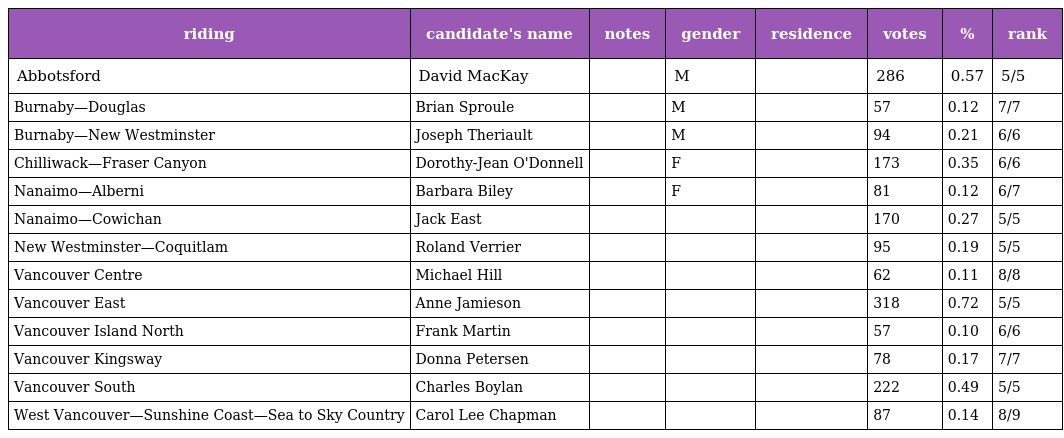
| riding | candidate's name | notes | gender | residence | votes | % | rank |
 | --- | --- | --- | --- | --- | --- | --- | --- |
 | Abbotsford | David MacKay |  | M |  | 286 | 0.57 | 5/5 |
 | Burnaby—Douglas | Brian Sproule |  | M |  | 57 | 0.12 | 7/7 |
 | Burnaby—New Westminster | Joseph Theriault |  | M |  | 94 | 0.21 | 6/6 |
 | Chilliwack—Fraser Canyon | Dorothy-Jean O'Donnell |  | F |  | 173 | 0.35 | 6/6 |
 | Nanaimo—Alberni | Barbara Biley |  | F |  | 81 | 0.12 | 6/7 |
 | Nanaimo—Cowichan | Jack East |  |  |  | 170 | 0.27 | 5/5 |
 | New Westminster—Coquitlam | Roland Verrier |  |  |  | 95 | 0.19 | 5/5 |
 | Vancouver Centre | Michael Hill |  |  |  | 62 | 0.11 | 8/8 |
 | Vancouver East | Anne Jamieson |  |  |  | 318 | 0.72 | 5/5 |
 | Vancouver Island North | Frank Martin |  |  |  | 57 | 0.10 | 6/6 |
 | Vancouver Kingsway | Donna Petersen |  |  |  | 78 | 0.17 | 7/7 |
 | Vancouver South | Charles Boylan |  |  |  | 222 | 0.49 | 5/5 |
 | West Vancouver—Sunshine Coast—Sea to Sky Country | Carol Lee Chapman |  |  |  | 87 | 0.14 | 8/9 |